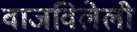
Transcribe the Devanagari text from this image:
वाजविलेली